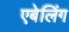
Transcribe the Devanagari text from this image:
एबेलिंग